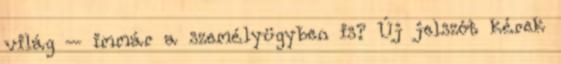
világ – immár a személyügyben is? Új jelszót kérek